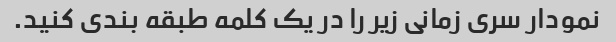
نمودار سری زمانی زیر را در یک کلمه طبقه بندی کنید.